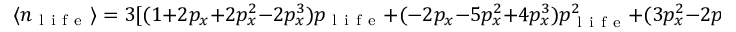
\langle n _ { \mathrm { ~ l ~ i ~ f ~ e ~ } } \rangle = 3 [ ( 1 + 2 p _ { x } + 2 p _ { x } ^ { 2 } - 2 p _ { x } ^ { 3 } ) p _ { \mathrm { ~ l ~ i ~ f ~ e ~ } } + ( - 2 p _ { x } - 5 p _ { x } ^ { 2 } + 4 p _ { x } ^ { 3 } ) p _ { \mathrm { ~ l ~ i ~ f ~ e ~ } } ^ { 2 } + ( 3 p _ { x } ^ { 2 } - 2 p _ { x } ^ { 3 } ) p _ { \mathrm { ~ l ~ i ~ f ~ e ~ } } ^ { 3 } ]